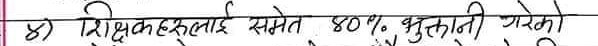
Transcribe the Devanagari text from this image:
8) शिक्षकहरुलाई समेत 80% भुक्तानी गरेको